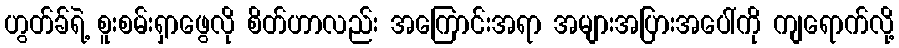
ဟွတ်ခ်ရဲ့ စူးစမ်းရှာဖွေလို စိတ်ဟာလည်း အကြောင်းအရာ အများအပြားအပေါ်ကို ကျရောက်လို့